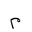
Letter: _mim